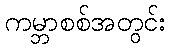
ကမ္ဘာစစ်အတွင်း